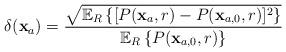
LaTeX: \begin{align*}\delta(\mathbf{x}_{a})=\frac{\sqrt{\mathbb{E}_{R}\left\{[P(\mathbf{x}_{a},r)-P(\mathbf{x}_{a,0},r)]^2\right\}}}{\mathbb{E}_{R}\left\{P(\mathbf{x}_{a,0},r)\right\}}\end{align*}